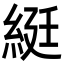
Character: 綎